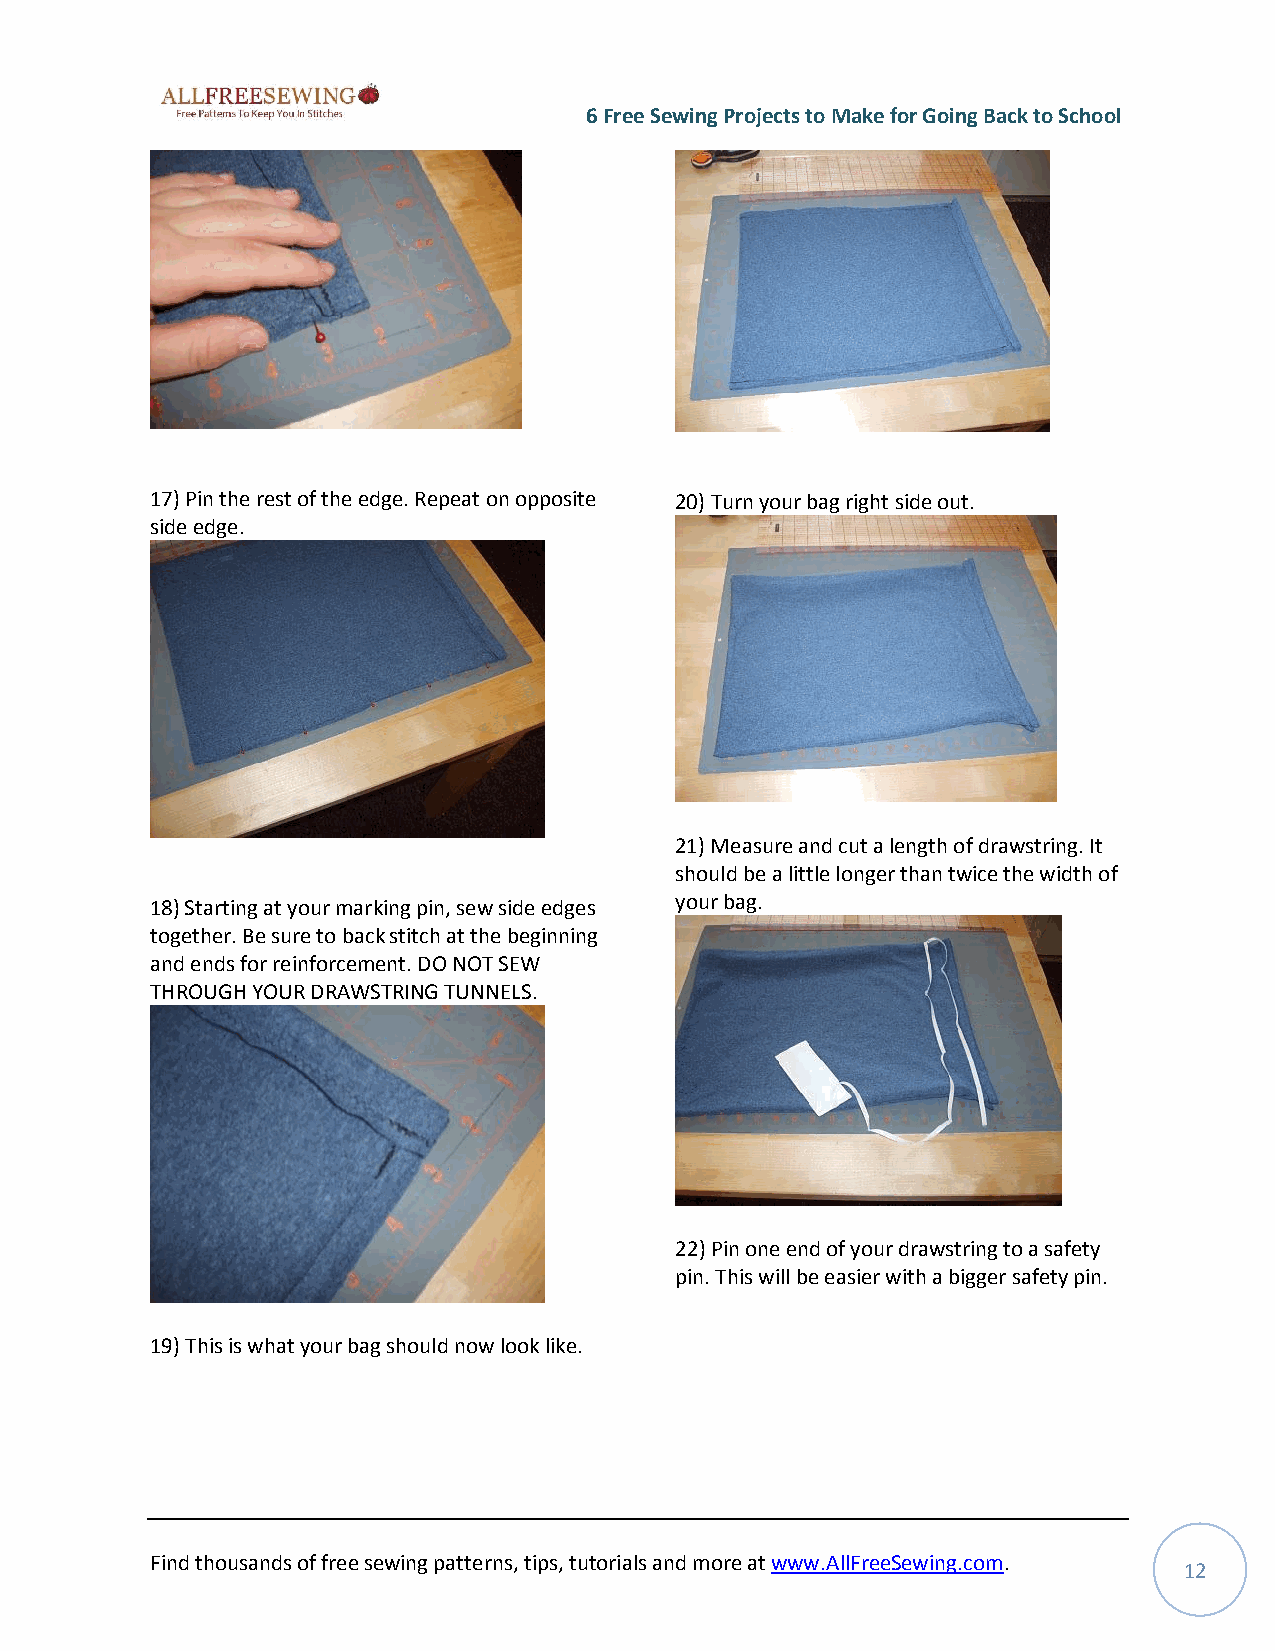
6 Free Sewing Projects to Make for Going Back to School
 17) Pin the rest of the edge. Repeat on opposite 20) Turn your bag right side out.
 side edge.
 21) Measure and cut a length of drawstring. It
 should be a little longer than twice the width of
 your bag.
 18) Starting at your marking pin, sew side edges
 together. Be sure to back stitch at the beginning
 and ends for reinforcement. DO NOT SEW
 THROUGH YOUR DRAWSTRING TUNNELS.
 22) Pin one end of your drawstring to a safety
 pin. This will be easier with a bigger safety pin.
 19) This is what your bag should now look like.
 Find thousands of free sewing patterns, tips, tutorials and more at www.AllFreeSewing.com.
 12